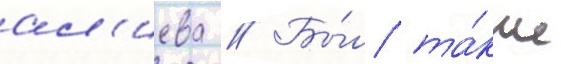
ал'иева // Бы́л та́кже